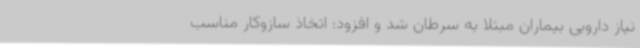
نیاز دارویی بیماران مبتلا به سرطان شد و افزود: اتخاذ سازوکار مناسب